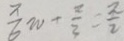
\frac { 7 } { 6 } w + \frac { 2 } { 3 } = \frac { 2 } { 2 }